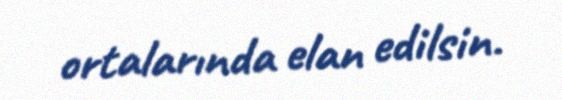
ortalarında elan edilsin.